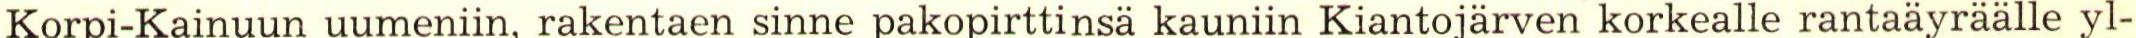
Korpi-Kainuun uumeniin, rakentaen sinne pakopirttinsä kauniin Kiantojärven korkealle rantaäyräälle yl-